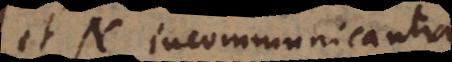
et N incommunicantia,